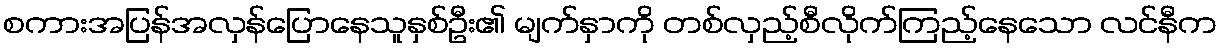
စကားအပြန်အလှန်ပြောနေသူနှစ်ဦး၏ မျက်နှာကို တစ်လှည့်စီလိုက်ကြည့်နေသော လင်နီက